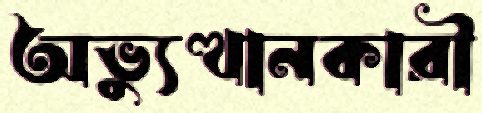
অভ্যুত্থানকারী